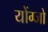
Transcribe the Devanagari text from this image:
योंग्जो